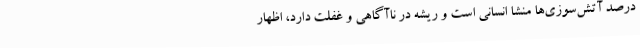
درصد آتش‌سوزی‌ها منشا انسانی است و ریشه در ناآگاهی و غفلت دارد، اظهار